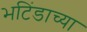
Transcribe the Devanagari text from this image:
भटिंडाच्या